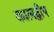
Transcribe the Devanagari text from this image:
कालद्वीप